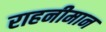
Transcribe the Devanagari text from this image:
राहनीमान